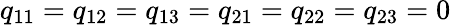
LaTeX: q_{11}=q_{12}=q_{13}=q_{21}=q_{22}=q_{23}=0